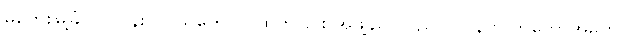
မကွေးမြို့ခံ လုပ်ငန်းလုပ်သူတွေ ဝင်ထွက်ခြင်း အဖွဲ့ချုပ်(ပြည်ပဂျပန် လွတ်တော်အမတ်